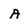
Character: A